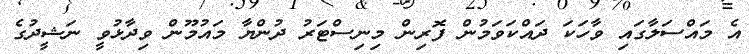
އެ މައްސަލާގައި ވާހަކަ ދައްކަވަމުން ފޮރިން މިނިސްޓަރު ދުންޔާ މައުމޫން ވިދާޅުވީ ނަޝީދުގެ